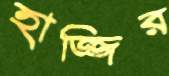
হাজ্জির